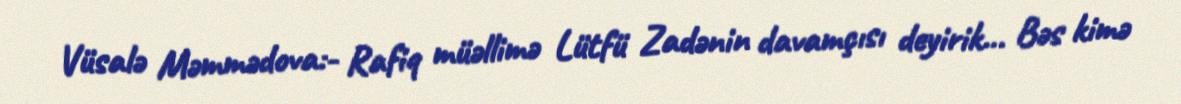
Vüsalə Məmmədova:- Rafiq müəllimə Lütfü Zadənin davamçısı deyirik... Bəs kimə